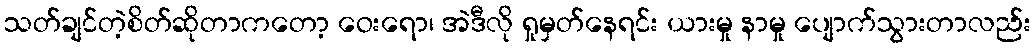
သတ်ချင်တဲ့စိတ်ဆိုတာကတော့ ဝေးရော၊ အဲဒီလို ရှုမှတ်နေရင်း ယားမှု နာမှု ပျောက်သွားတာလည်း